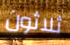
ثلاثون